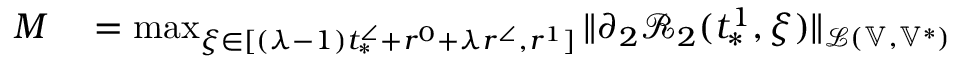
\begin{array} { r l } { M } & { { } = \operatorname* { m a x } _ { \xi \in [ ( \lambda - 1 ) t _ { * } ^ { \angle } + r ^ { 0 } + \lambda r ^ { \angle } , r ^ { 1 } ] } \| \partial _ { 2 } \mathcal { R } _ { 2 } ( t _ { * } ^ { 1 } , \xi ) \| _ { \mathcal { L } ( \mathbb { V } , \mathbb { V } ^ { * } ) } } \end{array}